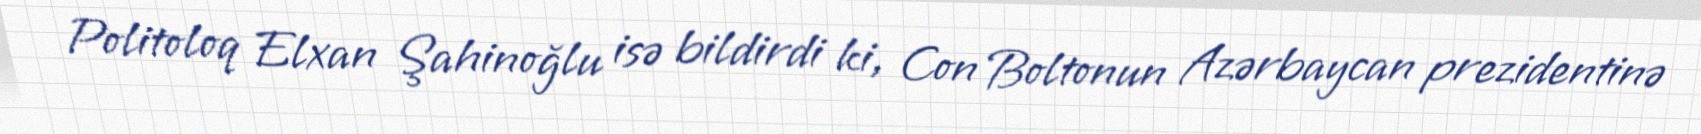
Politoloq Elxan Şahinoğlu isə bildirdi ki, Con Boltonun Azərbaycan prezidentinə